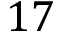
1 7